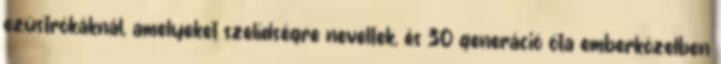
ezüstrókáknál, amelyeket szelídségre neveltek, és 30 generáció óta emberközelben